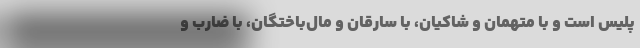
پلیس است و با متهمان و شاکیان، با سارقان و مال‌باختگان، با ضارب و